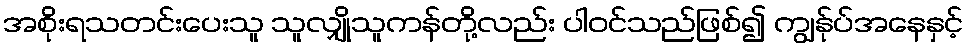
အစိုးရသတင်းပေးသူ သူလျှိုသူကန်တို့လည်း ပါဝင်သည်ဖြစ်၍ ကျွန်ုပ်အနေနှင့်